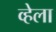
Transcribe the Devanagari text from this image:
व्हेला